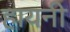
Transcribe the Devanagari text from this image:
हायनी